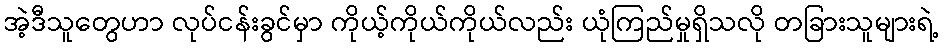
အဲ့ဒီသူတွေဟာ လုပ်ငန်းခွင်မှာ ကိုယ့်ကိုယ်ကိုယ်လည်း ယုံကြည်မှုရှိသလို တခြားသူများရဲ့